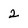
Character: 2